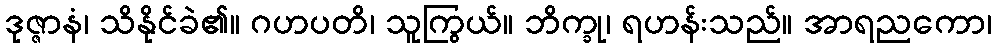
ဒုဇ္ဇာနံ၊ သိနိုင်ခဲ၏။ ဂဟပတိ၊ သူကြွယ်။ ဘိက္ခု၊ ရဟန်းသည်။ အာရညကော၊